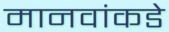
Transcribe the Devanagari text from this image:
मानवांकडे